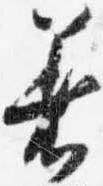
着